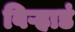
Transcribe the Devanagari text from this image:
बिऱ्हाडं